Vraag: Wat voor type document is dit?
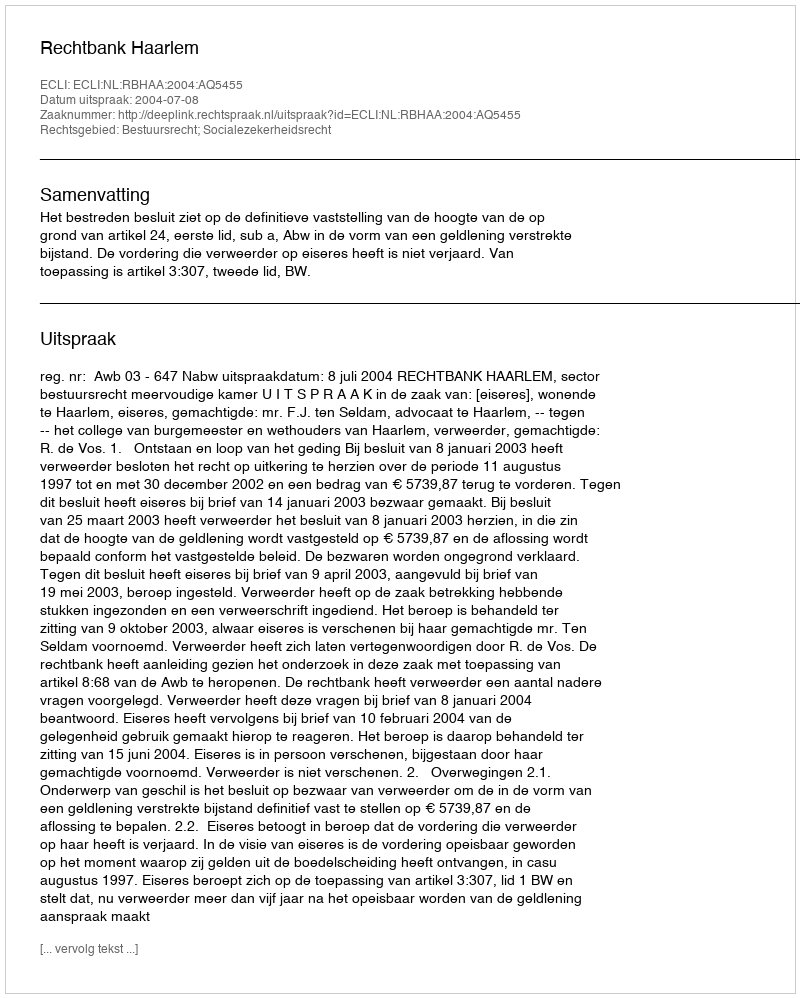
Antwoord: Uitspraak